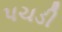
પચડી